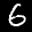
Label: 6